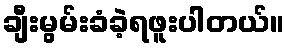
ချီးမွမ်းခံခဲ့ရဖူးပါတယ်။